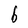
Character: b